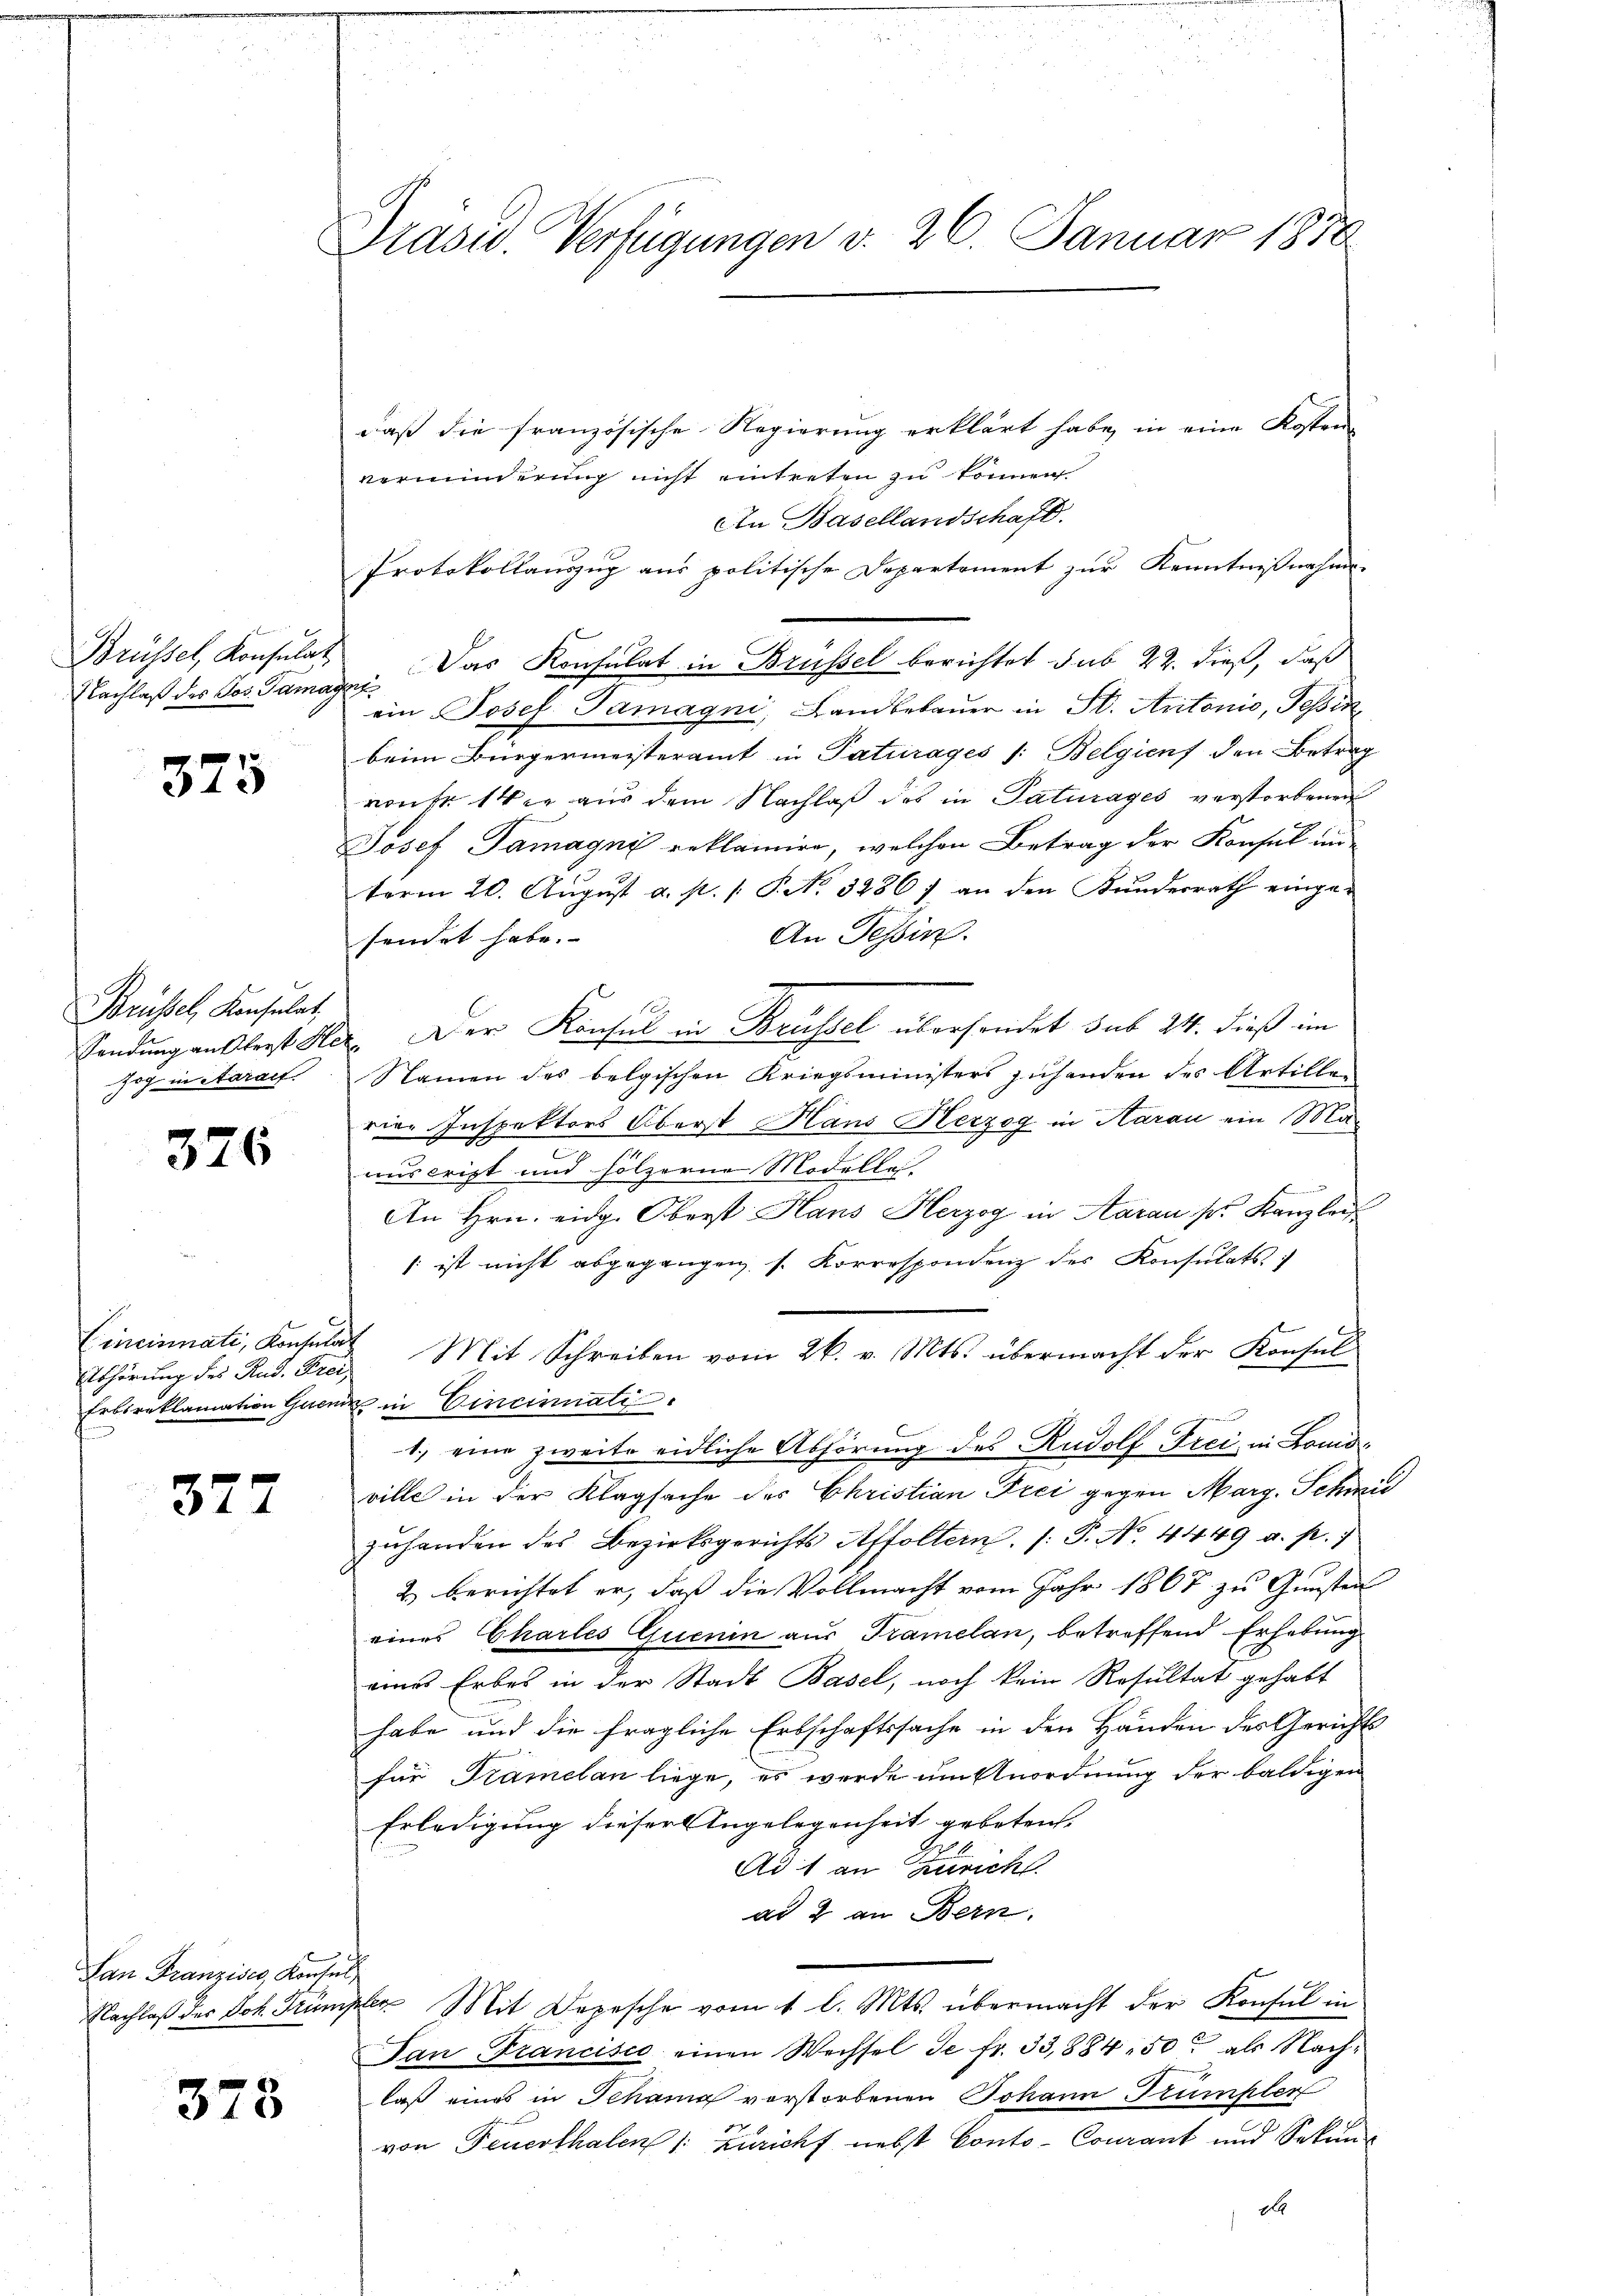
Brüssel, Konsulat
Nachlaß des Jos. Tamag

375

Brüssel, Konsulat,
zog in Aarauf.

376

Cincinnati, Konsulat
Abhörung des Rud. Frei,
f

377

Lan Franzises, Konsul

373

Präsid. Verfügungen v. 26. Januar 1870

daß die französische Regierung erklärt habe, in eine Kosten
verminderung nicht eintreten zu können
An Basellandschaft.
Protokollauszug aus politische Departement zur Kenntnißnahme
Das Konsulat in Brüssel berichtet sub 22. dieß, daß
of
ein Josef Tamagni, Landbebauer in St. Antonio, Tessin
beim Bürgermeisteramt in Paturages /: Belgien den Betrag
von Fr. 14 er aus dem Nachlaß des in Paturages verstorbenen
Josef Tamagné reklamire, welchen Betrag der Konsul unterm 20. Aŭgŭst a. p. 1. P. No. 3286) an den Kŭndesrath einge-
An Tessin.
sendet habe.
Sendung anklert Ster. Der Konsul in Brüssel übersendet sub 24. dieß im
Namen des belgischen Kriegsministers zuhanden des Artillen
rige Inspektors Oberst Hans Herzog in Harau ein Mae
anscript und hölzerne Modelle.
An Hrn. eidg. Oberst Hans Herzog in Aarau pr. Kanzlei
 ist nicht abgegangen, s. Korrespondenz des Konsulats
Mit Schreiben vom 26. v. Mts. übermacht der Konsul
Erbsreklamation Grenz in Cincinati
6
1.) eine zweite eidliche Abhörung des Rudolf Frei in Lonidville in der Klagsache des Christian Frei gegen Marg. Schmid
zuhanden des Bezirksgerichts Affoltern. /: P. No. 4449 a. p.)
2) berichtet er, daß die Vollmacht vom Jahr 1867 zu Gunsten
eines Chartes Quenin aus Tramelan, betreffend Erhebung
eines Erbes in der Stadt Basel, noch kein Resultat gehabt
habe und die fragliche Erbschaftssache in den Händen des Gerichts
für Prämclan liege, es werde um Anordnung der baldigen
Erledigung dieser Angelegenheit gebeten.
Ad 1 an Zürich
ad & an Bern.
Nachlaβ der Joh. Trümpler Mit Depesche vom 1 l. Mts. übermacht der Konsul in
San Francisco einen Wechsel de fr. 33,884. 50 als Nachlaß eines in Schama vorstorbenen Johann Trümpler
von Feuerthalen /: Züricht nebst Conto-Coucant und Sekund